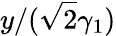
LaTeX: y/(\sqrt{2}\gamma_{1})